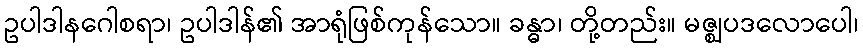
ဥပါဒါနဂေါစရာ၊ ဥပါဒါန်၏ အာရုံဖြစ်ကုန်သော။ ခန္ဓာ၊ တို့တည်း။ မဇ္ဈပဒလောပေါ၊